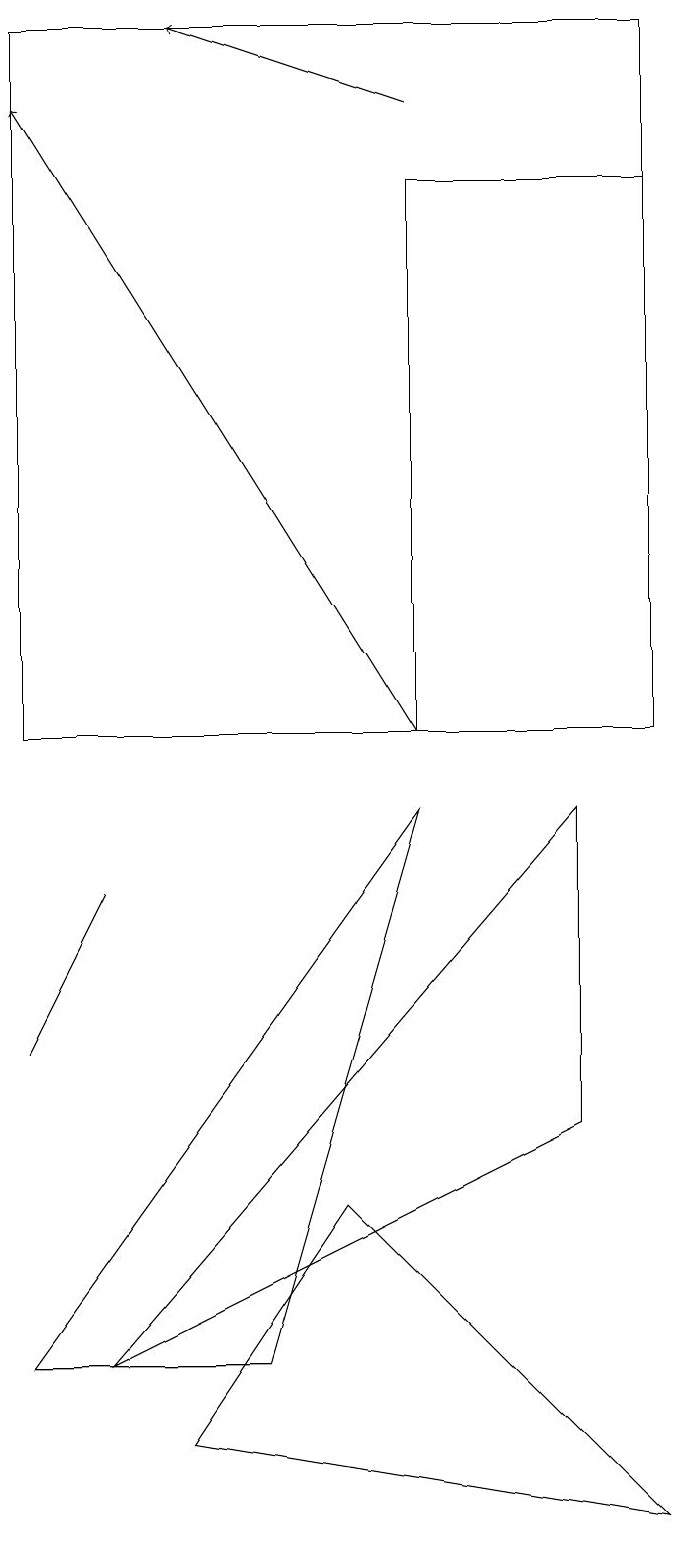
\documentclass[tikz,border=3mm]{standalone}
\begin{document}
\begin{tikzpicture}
\draw (1,2) -- (4,2) -- (6,9) -- cycle;
\draw[->] (6,10) -- (1,18);
\draw (2,2) -- (8,9) -- (8,5) -- cycle;
\draw (1,10) rectangle (9,19);
\draw (1,6) -- (2,8) -- (1,6) -- cycle;
\draw (9,0) -- (3,1) -- (5,4) -- cycle;
\draw (6,10) rectangle (9,17);
\draw[->] (6,18) -- (3,19);
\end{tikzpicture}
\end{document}